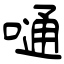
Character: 嗵